Civil Veterinary Department Bihar reports 1936-40 - 1936-1940
Year: 1936
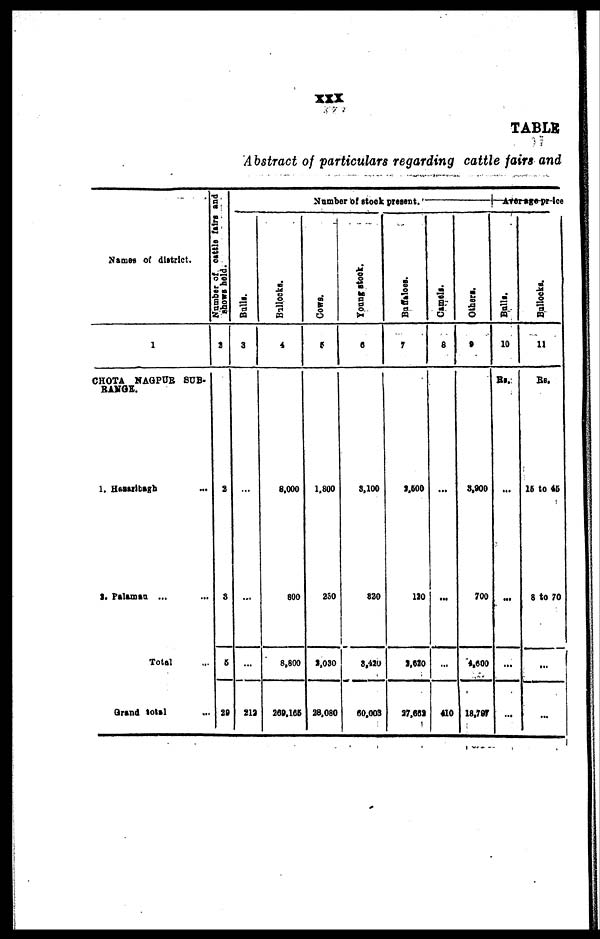
xxx
TABLE
Abstract of particulars regarding cattle fairs and
Names of district.
1
CHOTA NAGPUR SUB-
RANGE.
1. Hazaribagh ...
2. Palamau ... ...
Total ...
Grand total ...
Number of cattle fairs and
shows held.
2
2
3
5
29
Number of stock present.
Bulls.
3
...
...
...
213
Bullocks.
4
8,000
800
8,800
269,165
Cows.
5
1,800
230
2,030
28,080
Young stock.
6
3,100
320
8,420
60,003
Buffaloes.
7
2,500
120
2,620
27,662
Camels.
8
...
...
...
410
Average price
Others.
9
3,200
700
4.600
18,797
Balls.
10
Rs.
...
...
...
...
Bullocks.
11
Rs.
15 to 45
8 to 70
...
...